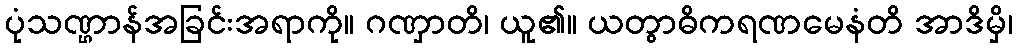
ပုံသဏ္ဌာန်အခြင်းအရာကို။ ဂဏှာတိ၊ ယူ၏။ ယတွာဓိကရဏမေနံတိ အာဒိမှိ၊